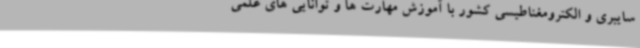
سایبری و الکترومغناطیسی کشور با آموزش مهارت ها و توانایی های علمی